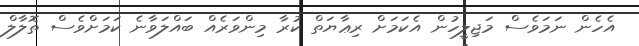
އެހެން ނަމަވެސް މަޖިލީހުން އެކަމަށް ރިޢާޔަތް ކުރާ މިންވަރެއް ބައްލަވާނެ ކަމަށްވެސް ތޮލާލް